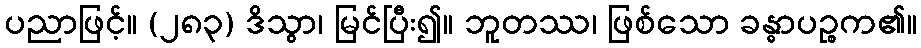
ပညာဖြင့်။ (၂၈၃) ဒိသွာ၊ မြင်ပြီး၍။ ဘူတဿ၊ ဖြစ်သော ခန္ဓာပဉ္စက၏။